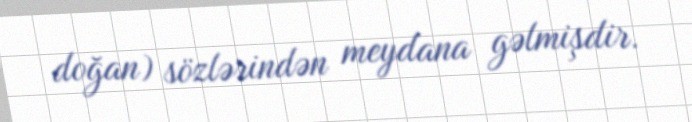
doğan) sözlərindən meydana gəlmişdir.